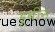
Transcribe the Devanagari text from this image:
ह्रूबीन